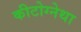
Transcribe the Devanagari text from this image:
कीटोग्नेथा